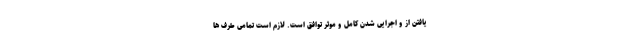
یافتن از و اجرایی شدن کامل و موثر توافق است. لازم است تمامی طرف ها